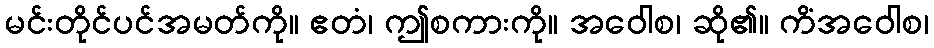
မင်းတိုင်ပင်အမတ်ကို။ ဧတံ၊ ဤစကားကို။ အဝေါစ၊ ဆို၏။ ကိံအဝေါစ၊